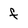
Character: f